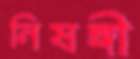
নিষঙ্গী